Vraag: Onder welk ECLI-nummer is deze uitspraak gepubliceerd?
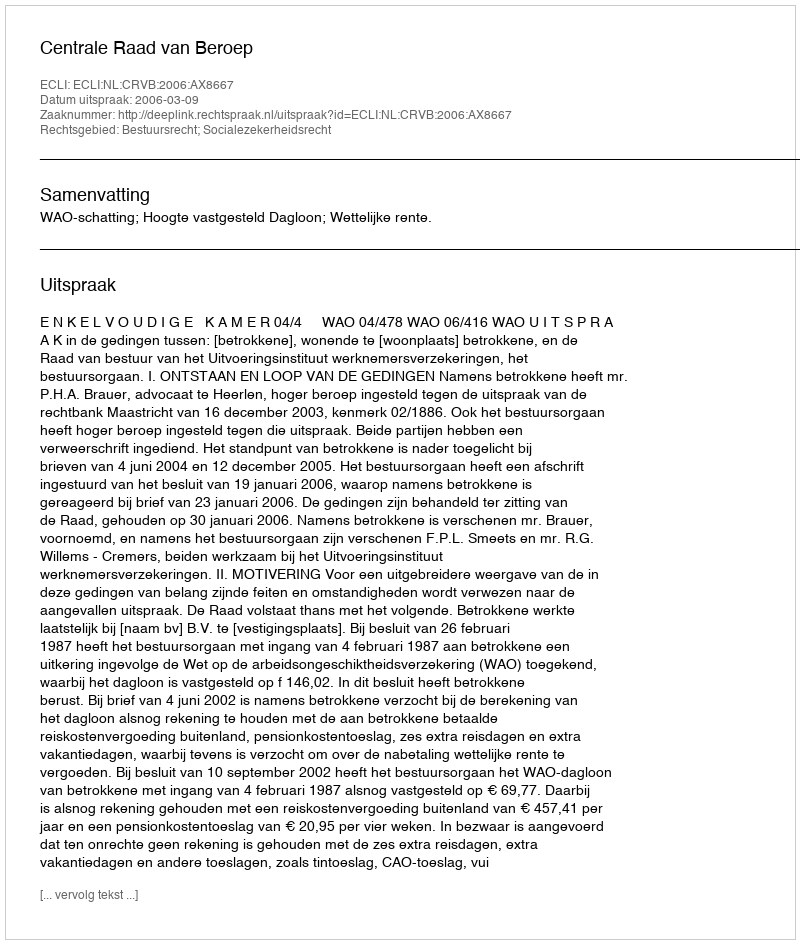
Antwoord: ECLI:NL:CRVB:2006:AX8667